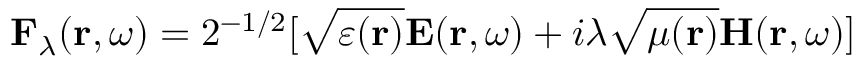
\mathbf { F } _ { \lambda } ( \mathbf { r } , \omega ) = 2 ^ { - 1 / 2 } [ \sqrt { \varepsilon ( \mathbf { r } ) } \mathbf { E } ( \mathbf { r } , \omega ) + i \lambda \sqrt { \mu ( \mathbf { r } ) } \mathbf { H } ( \mathbf { r } , \omega ) ]